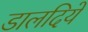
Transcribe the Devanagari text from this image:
डालदिये